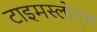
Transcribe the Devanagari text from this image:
टाइमस्लोट्स